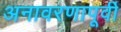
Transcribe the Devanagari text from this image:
अनावरणापूर्वी